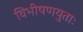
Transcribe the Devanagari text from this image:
विभीषणयुताः